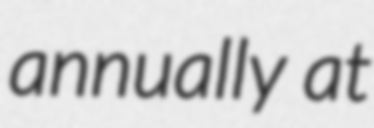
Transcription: annually at